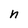
Character: n